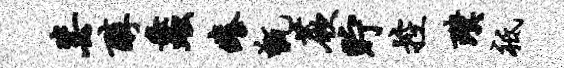
毖醇蠡痒甑蕨贮控璞祗